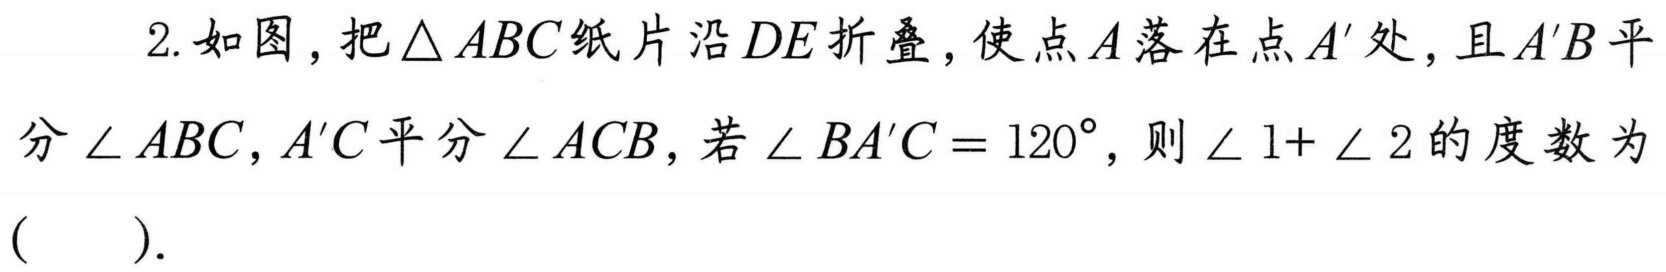
2. 如图，把\(\triangle ABC\)纸片沿\(DE\)折叠，使点\(A\)落在点\(A'\)处，且\(A'B\)平
分\(\angle ABC\)，\(A'C\)平分\(\angle ACB\)，若\(\angle BA'C = 120^{\circ}\)，则\(\angle 1+\angle 2\)的度数为
(  ).